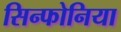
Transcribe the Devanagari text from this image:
सिन्फोनिया